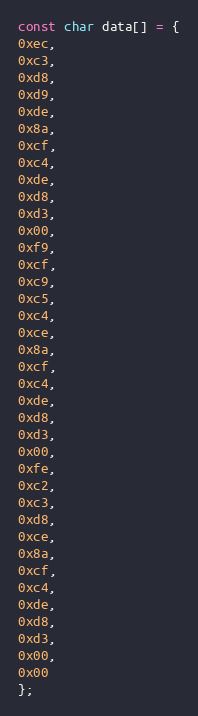
Language: C
const char data[] = {
0xec,
0xc3,
0xd8,
0xd9,
0xde,
0x8a,
0xcf,
0xc4,
0xde,
0xd8,
0xd3,
0x00,
0xf9,
0xcf,
0xc9,
0xc5,
0xc4,
0xce,
0x8a,
0xcf,
0xc4,
0xde,
0xd8,
0xd3,
0x00,
0xfe,
0xc2,
0xc3,
0xd8,
0xce,
0x8a,
0xcf,
0xc4,
0xde,
0xd8,
0xd3,
0x00,
0x00
};